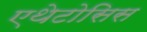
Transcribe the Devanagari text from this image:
एथेटोसिस